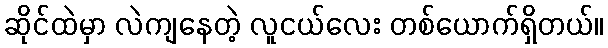
ဆိုင်ထဲမှာ လဲကျနေတဲ့ လူငယ်လေး တစ်ယောက်ရှိတယ်။